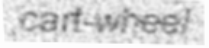
cart-wheel